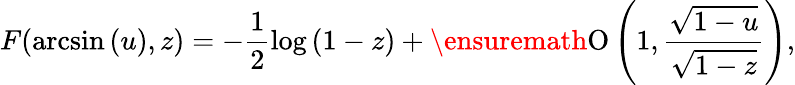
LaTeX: F(\arcsin{(u)},z)=-\frac{1}{2}\log{(1-z)}+\ensuremath{\operatorname{O}\left(1,\frac{\sqrt{1-u}}{\sqrt{1-z}}\right)},